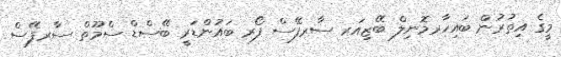
މީގެ އިތުރުން ބައިހާރމޮނިލް ބޭޒިއަރ ސާރފޭސް ފޯރ ބައުންޑަރީ ބޭސްޑް ސްމޫތް ސާރފޭސް